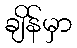
ချိန်မှာ